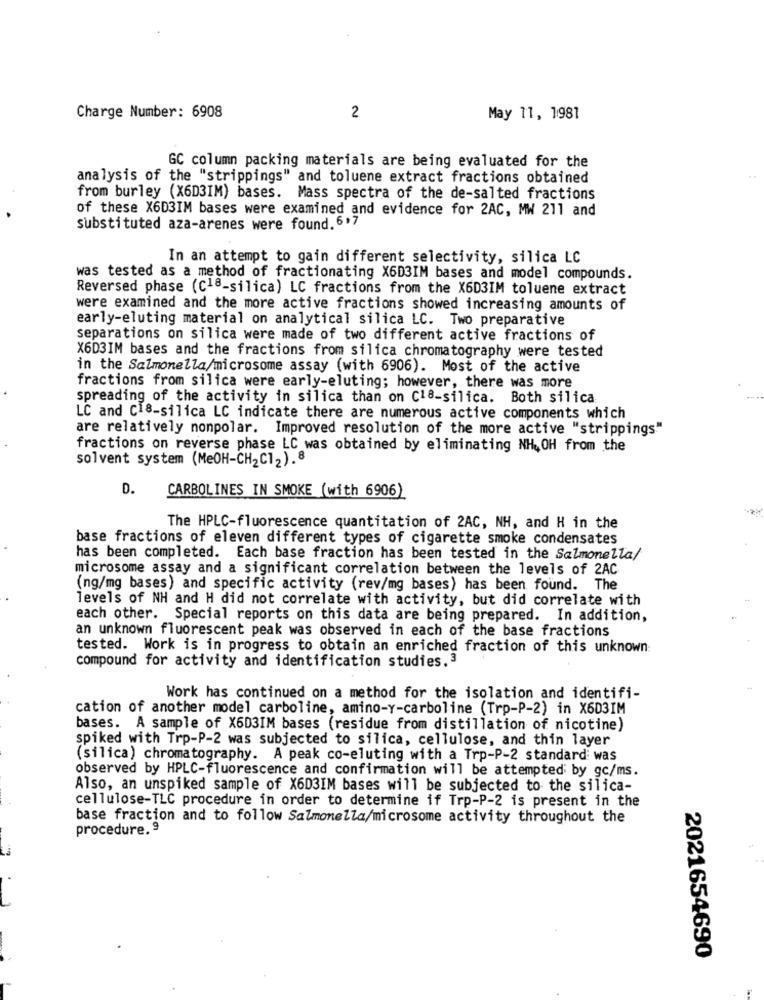
Charge Number: 6908
2
May 11, 1981
GC column packing materials are being evaluated for the
analysis of the "strippings" and toluene extract fractions obtained
from burley (X6D3IM) bases. Mass spectra of the de-salted fractions
of these X6D3IM bases were examined and evidence for 2AC, MW 211 and
substituted aza-arenes were found. 6,7
In an attempt to gain different selectivity, silica LC
was tested as a method of fractionating X6D3IM bases and model compounds.
Reversed phase (c18-silica) LC fractions from the X6D3IM toluene extract
were examined and the more active fractions showed increasing amounts of
early-eluting material on analytical silica LC. Two preparative
separations on silica were made of two different active fractions of
X6D3IM bases and the fractions from silica chromatography were tested
in the Salmonella/microsome assay (with 6906). Most of the active
fractions from silica were early-eluting; however, there was more
spreading of the activity in silica than on C18-silica. Both silica
LC and CI8-silica LC indicate there are numerous active components which
are relatively nonpolar. Improved resolution of the more active "strippings"
fractions on reverse phase LC was obtained by eliminating NH, OH from the
solvent system (MeOH-CH2C12).8
D.
CARBOLINES IN SMOKE (with 6906)
The HPLC-fluorescence quantitation of 2AC, NH, and H in the
base fractions of eleven different types of cigarette smoke condensates
has been completed. Each base fraction has been tested in the Salmonella/
microsome assay and a significant correlation between the levels of 2AC
(ng/mg bases) and specific activity (rev/mg bases) has been found. The
levels of NH and H did not correlate with activity, but did correlate with
each other. Special reports on this data are being prepared. In addition,
an unknown fluorescent peak was observed in each of the base fractions
tested. Work is in progress to obtain an enriched fraction of this unknown
compound for activity and identification studies.3
Work has continued on a method for the isolation and identifi-
cation of another model carboline, amino-Y-carboline (Trp-P-2) in X603IM
bases. A sample of X603IM bases (residue from distillation of nicotine)
spiked with Trp-P-2 was subjected to silica, cellulose, and thin layer
(silica) chromatography. A peak co-eluting with a Trp-P-2 standard was
observed by HPLC-fluorescence and confirmation will be attempted by gc/ms.
Also, an unspiked sample of X6D3IM bases will be subjected to the silica-
cellulose-TLC procedure in order to determine if Trp-P-2 is present in the
base fraction and to follow Salmonella/microsome activity throughout the
procedure. 9
2021654690